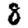
Digit: 8